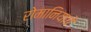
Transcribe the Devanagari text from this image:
रोमानियाचे